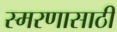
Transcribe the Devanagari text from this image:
स्मरणासाठी